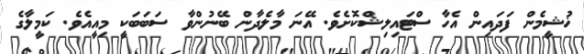
ޚުޝީމެން ފަދައިން އެހާ ސްޓައިލިޝްކޮށެވެ. އޭނަ މާލެދާން ބޭނުންވާ ސަބަބަކީ މިއީއެވެ. ކަމީލާގެ